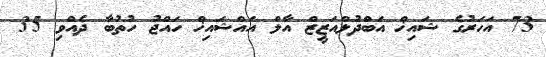
73 އަހަރުގެ ޝައިޚް އަބްދުލްއަޒީޒް އާލް އައްޝައިޚް ހައްޖު ހުތުބާ ދެއްވި 35